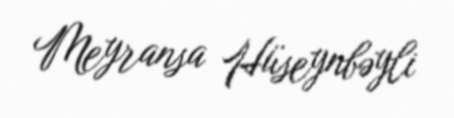
Meyransa Hüseynbəyli